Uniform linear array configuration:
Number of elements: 48
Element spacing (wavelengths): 0.25
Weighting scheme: binomial
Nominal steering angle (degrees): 0
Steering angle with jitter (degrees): -1.33
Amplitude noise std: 0.05
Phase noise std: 0.05

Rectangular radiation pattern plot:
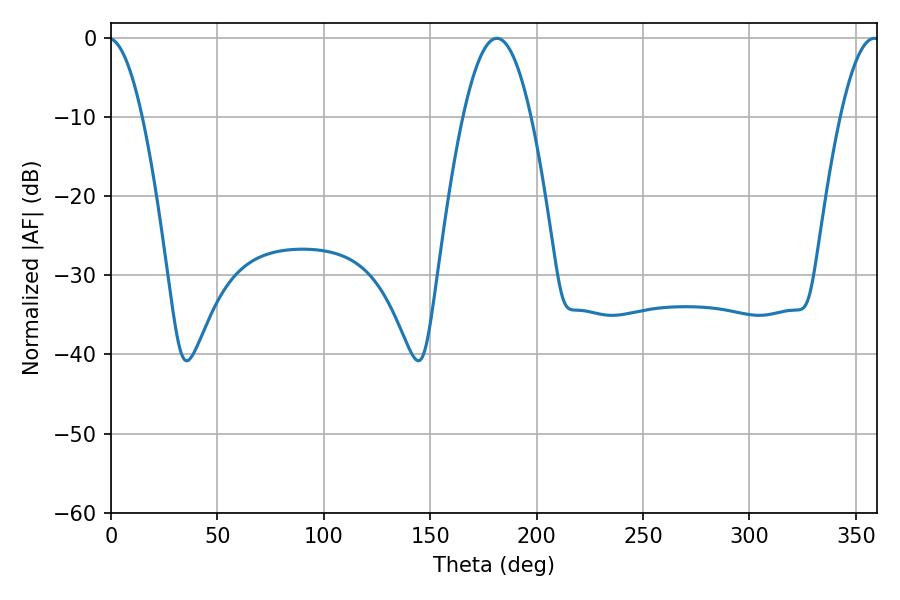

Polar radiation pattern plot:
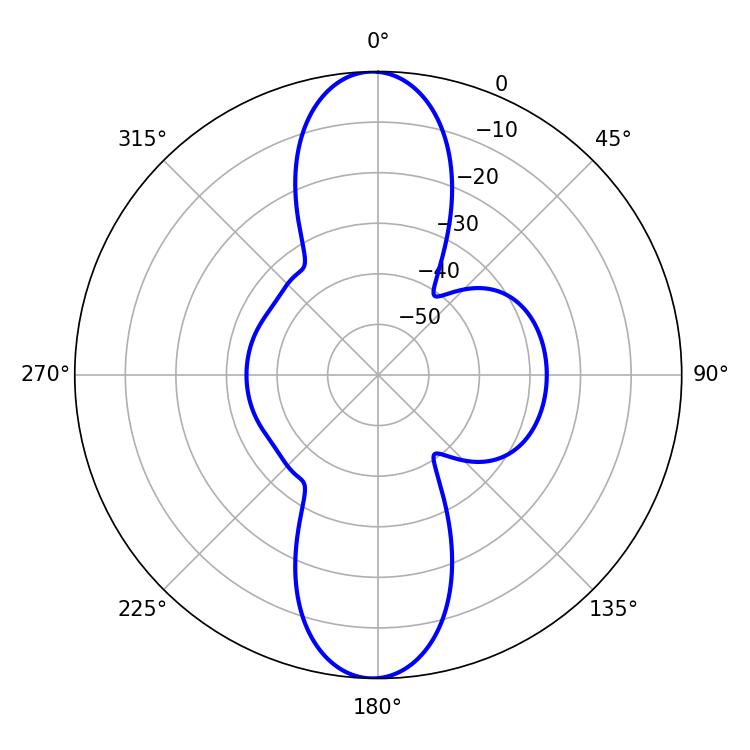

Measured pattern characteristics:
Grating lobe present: FALSE
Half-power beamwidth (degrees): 17.46
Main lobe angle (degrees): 181.26